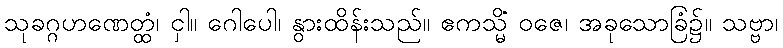
သုခဂ္ဂဟဏေတ္ထံ၊ ငှါ။ ဂေါပေါ၊ နွားထိန်းသည်။ ဧကသ္မိံ ဝဇေ၊ အခုသောခြံ၌။ သဗ္ဗာ၊